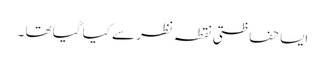
ایسا حفاظتی نقطہ نظر سے کیا گیا تھا ۔